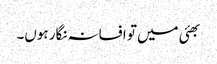
بھئی میں تو افسانہ نگار ہوں۔